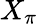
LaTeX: X_{\pi}